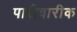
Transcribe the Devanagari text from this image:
पारीवारीक